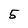
Character: 5